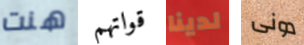
هنت قواتهم لدينا دونى